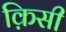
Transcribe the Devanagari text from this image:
क़िसी